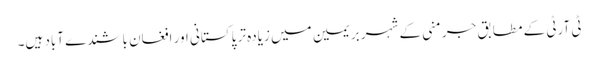
ٹی آرٹی کے مطابق جرمنی کے شہر بریمین میں زیادہ تر پاکستانی اور افغان باشندے آباد ہیں۔